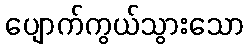
ပျောက်ကွယ်သွားသော